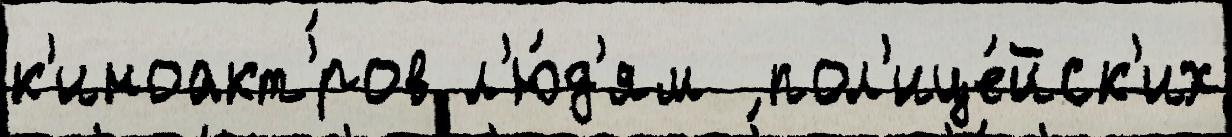
к'иноакт'́ров л'ю́д'ям  пол'ице́йск'их